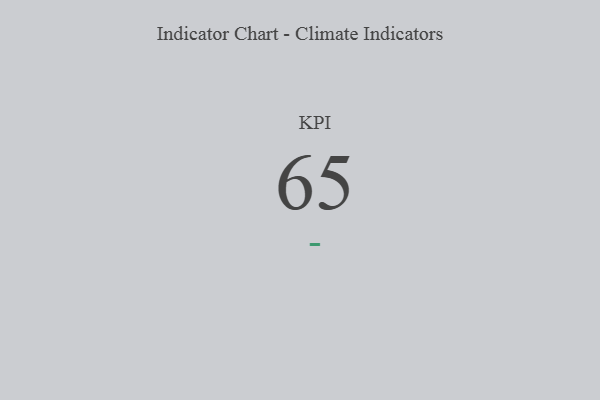
{"axis": {"x": "KPI", "y": "Value"}, "legend": [""], "data": [{"x": "KPI", "y": 65, "type": ""}]}